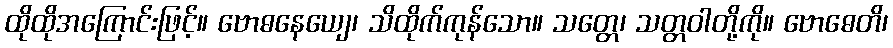
ထိုထိုအကြောင်းဖြင့်။ ဗောဓနေယျေ၊ သိထိုက်ကုန်သော။ သတ္တေ၊ သတ္တဝါတို့ကို။ ဗောဓေတိ၊